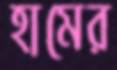
হামের